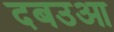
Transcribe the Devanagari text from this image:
दबउआ